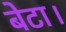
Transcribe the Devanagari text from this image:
बेटा।